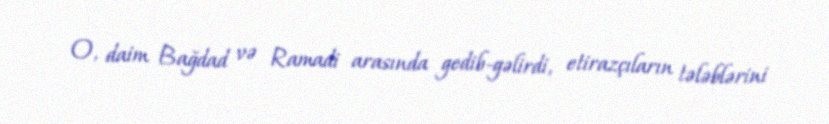
O, daim Bağdad və Ramadi arasında gedib-gəlirdi, etirazçıların tələblərini